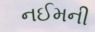
નઈમની